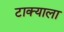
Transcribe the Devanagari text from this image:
टाक्याला